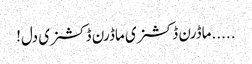
.....ماڈرن ڈکشنری ماڈرن ڈکشنری دل!